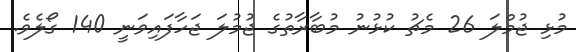
މުޅި ޖުމްލަ 26 މެޗު ކުޅުނު މުބާރާތުގެ ޖުމުލަ ޖަހާފައިވަނީ 140 ގޯލެވެ.